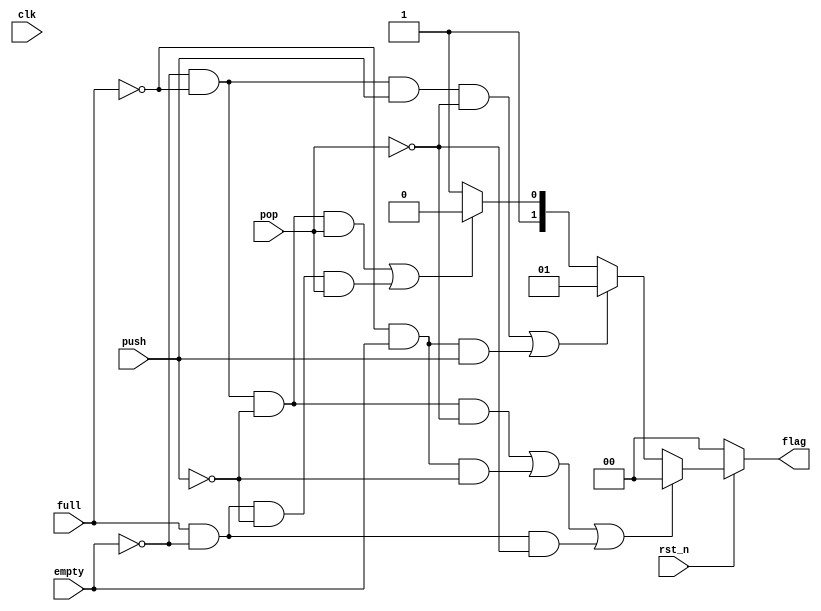
`timescale 1ns / 1ps
//////////////////////////////////////////////////////////////////////////////////
// Company: 
// Engineer: 
// 
// Design Name: 
// Module Name: control
// Project Name: 
// Target Devices: 
// Tool Versions: 
// Description: 
// 
// Dependencies: 
// 
// Revision:
// Revision 0.01 - File Created
// Additional Comments:
// 
//////////////////////////////////////////////////////////////////////////////////


module control(
input clk,
input rst_n,
input push,
input pop, 
input full,
input empty,
output reg[1:0] flag
    );
always@(*)
begin
if(!rst_n)
begin
    flag <= 2'b00;
end
else
    if((empty == 0 && full == 0 && push == 0 && pop == 0) || (full == 0 && empty == 1 && push == 0) || (full == 1 && empty == 0 && pop == 0))
    begin
        flag <= 2'b00;
    end
    else if((empty == 0 && full == 0 && push == 1 && pop == 0) || (full == 0 && empty == 1 && push == 1))
    begin
        flag <= 2'b01;
    end
    else if((empty == 0 && full == 0 && push == 0 && pop == 1) || (empty == 0 && full == 1 && push == 0 && pop == 1))
    begin
        flag <= 2'b10; 
    end
    else
    begin
        flag <= 2'b11;
    end
end
endmodule